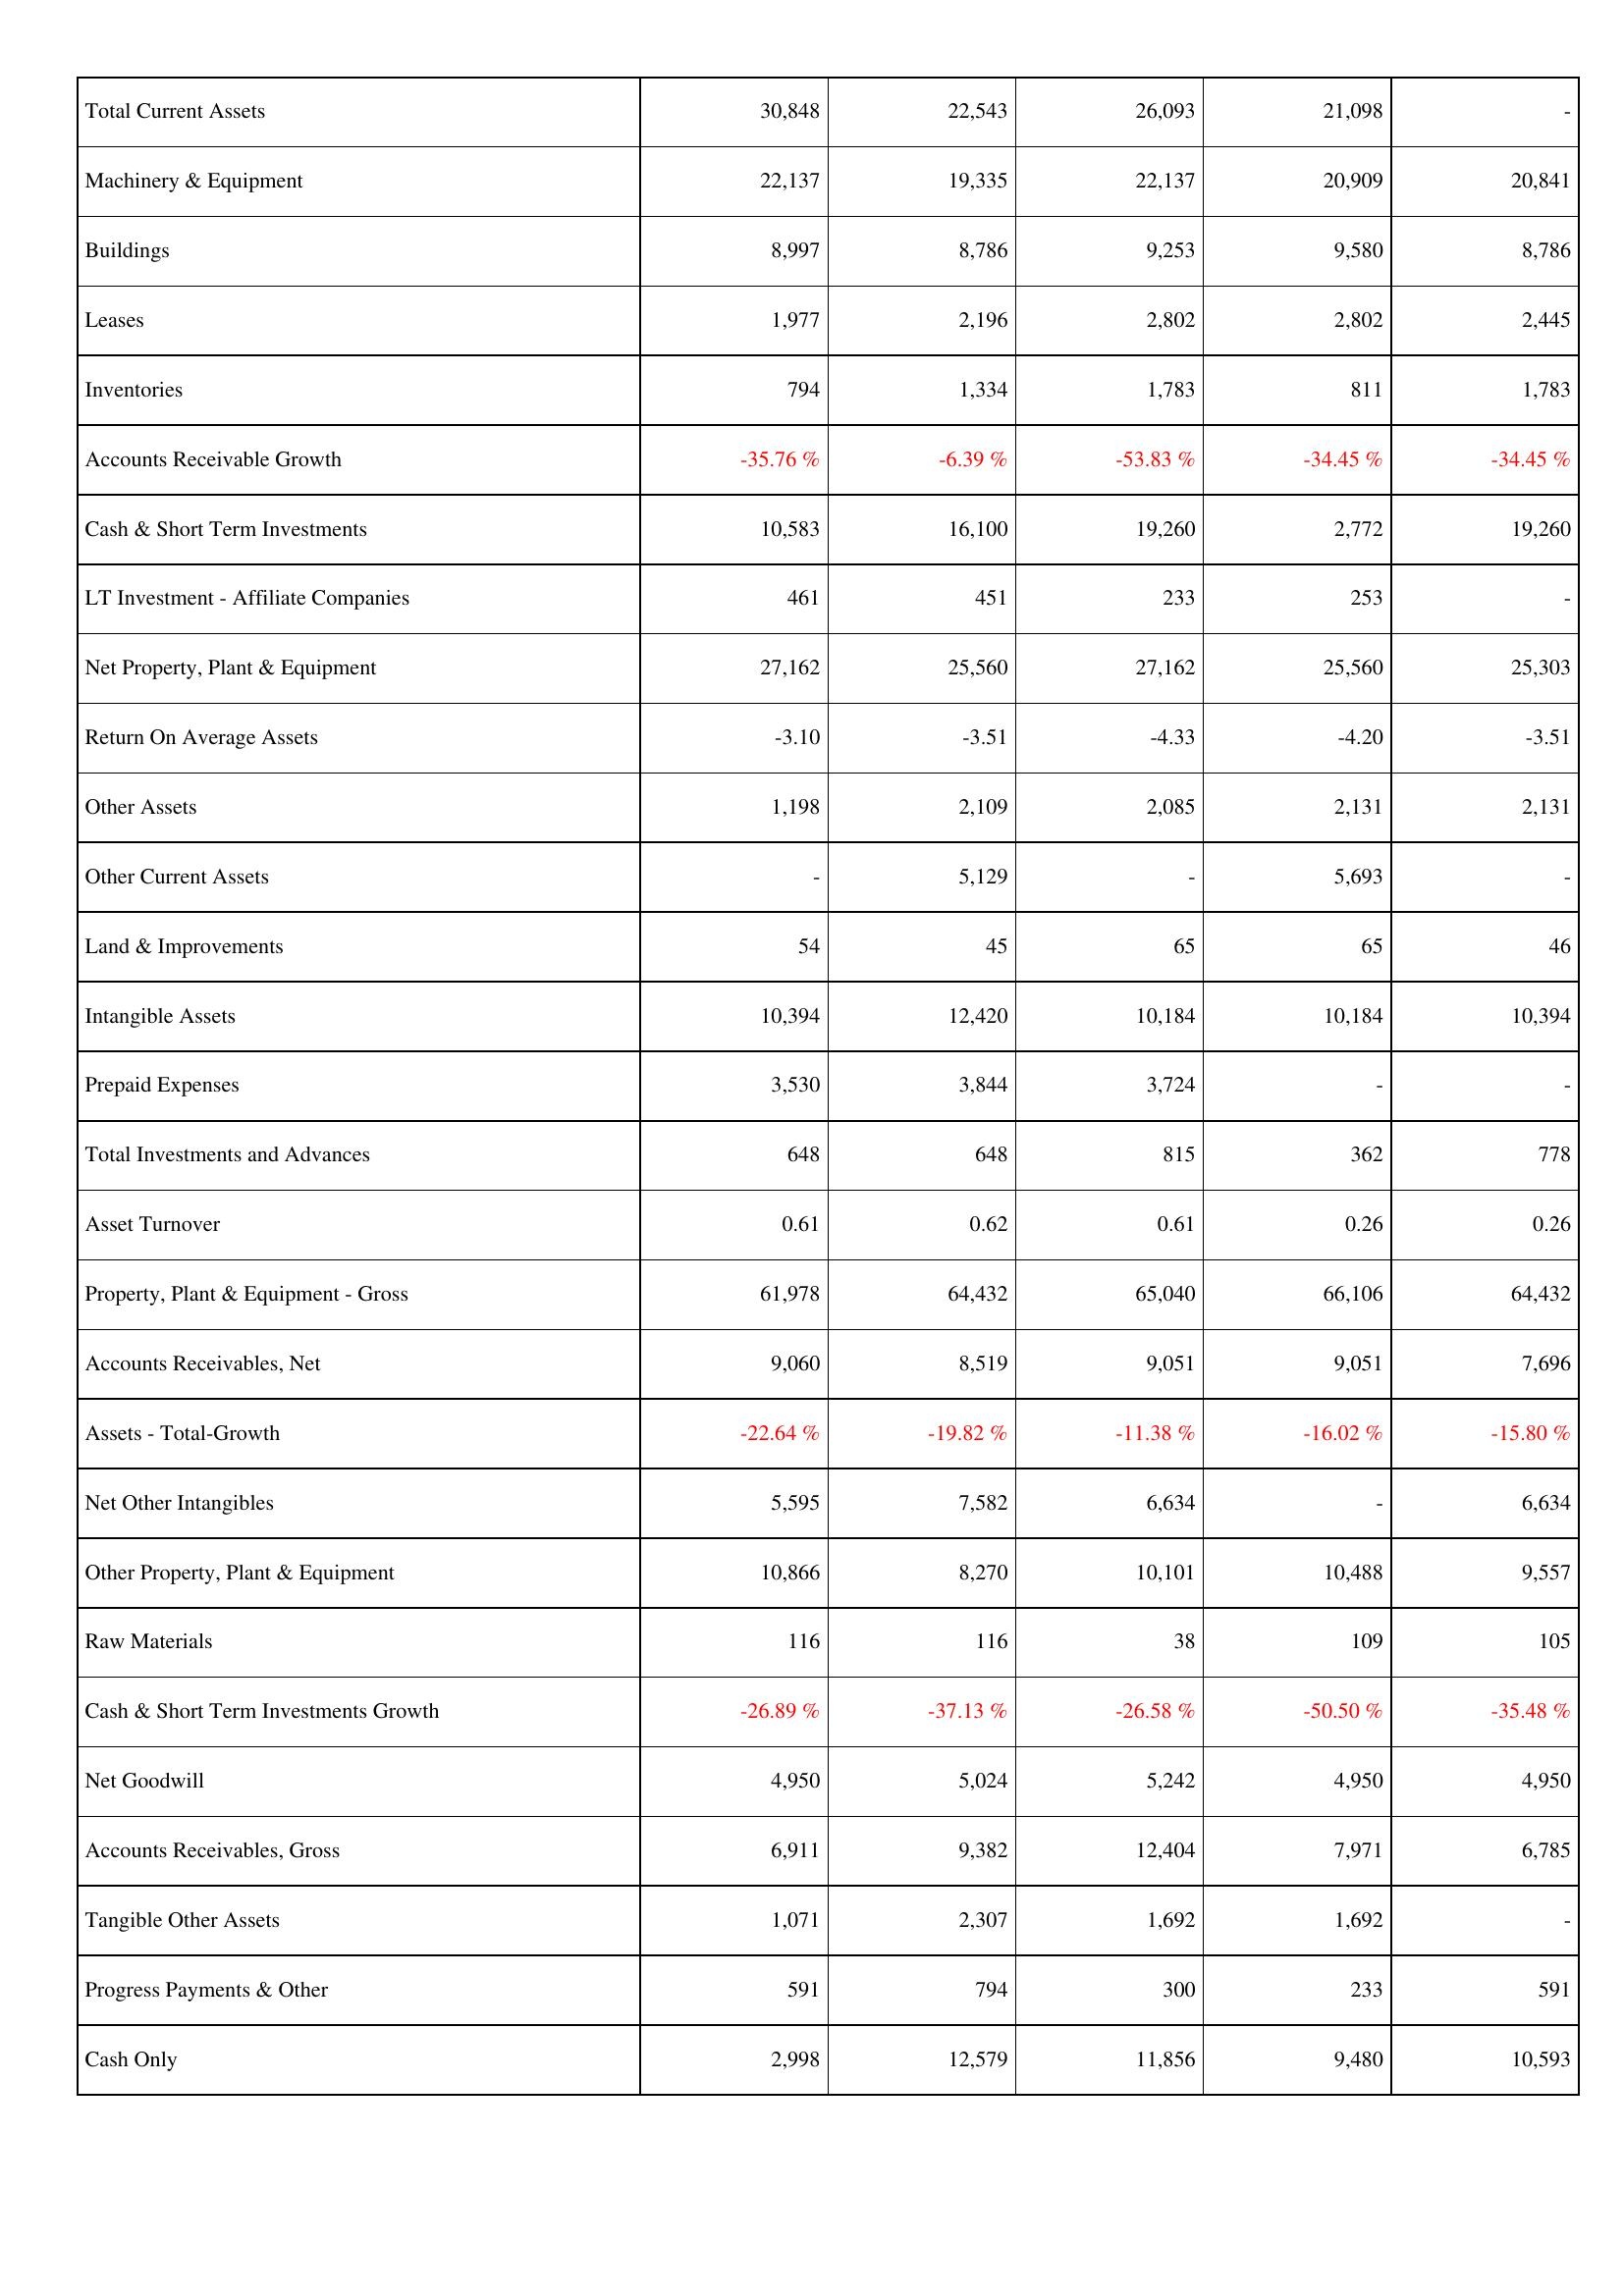
2007: Assets: Total Current Assets: 30,848
Machinery & Equipment: 22,137
Buildings: 8,997
Leases: 1,977
Inventories: 794
Accounts Receivable Growth: -35.76 %
Cash & Short Term Investments: 10,583
LT Investment - Affiliate Companies: 461
Net Property, Plant & Equipment: 27,162
Return On Average Assets: -3.10
Other Assets: 1,198
Other Current Assets: -
Land & Improvements: 54
Intangible Assets: 10,394
Prepaid Expenses: 3,530
Total Investments and Advances: 648
Asset Turnover: 0.61
Property, Plant & Equipment - Gross: 61,978
Accounts Receivables, Net: 9,060
Assets - Total-Growth: -22.64 %
Net Other Intangibles: 5,595
Other Property, Plant & Equipment: 10,866
Raw Materials: 116
Cash & Short Term Investments Growth: -26.89 %
Net Goodwill: 4,950
Accounts Receivables, Gross: 6,911
Tangible Other Assets: 1,071
Progress Payments & Other: 591
Cash Only: 2,998
2008: Assets: Total Current Assets: 22,543
Machinery & Equipment: 19,335
Buildings: 8,786
Leases: 2,196
Inventories: 1,334
Accounts Receivable Growth: -6.39 %
Cash & Short Term Investments: 16,100
LT Investment - Affiliate Companies: 451
Net Property, Plant & Equipment: 25,560
Return On Average Assets: -3.51
Other Assets: 2,109
Other Current Assets: 5,129
Land & Improvements: 45
Intangible Assets: 12,420
Prepaid Expenses: 3,844
Total Investments and Advances: 648
Asset Turnover: 0.62
Property, Plant & Equipment - Gross: 64,432
Accounts Receivables, Net: 8,519
Assets - Total-Growth: -19.82 %
Net Other Intangibles: 7,582
Other Property, Plant & Equipment: 8,270
Raw Materials: 116
Cash & Short Term Investments Growth: -37.13 %
Net Goodwill: 5,024
Accounts Receivables, Gross: 9,382
Tangible Other Assets: 2,307
Progress Payments & Other: 794
Cash Only: 12,579
2009: Assets: Total Current Assets: 26,093
Machinery & Equipment: 22,137
Buildings: 9,253
Leases: 2,802
Inventories: 1,783
Accounts Receivable Growth: -53.83 %
Cash & Short Term Investments: 19,260
LT Investment - Affiliate Companies: 233
Net Property, Plant & Equipment: 27,162
Return On Average Assets: -4.33
Other Assets: 2,085
Other Current Assets: -
Land & Improvements: 65
Intangible Assets: 10,184
Prepaid Expenses: 3,724
Total Investments and Advances: 815
Asset Turnover: 0.61
Property, Plant & Equipment - Gross: 65,040
Accounts Receivables, Net: 9,051
Assets - Total-Growth: -11.38 %
Net Other Intangibles: 6,634
Other Property, Plant & Equipment: 10,101
Raw Materials: 38
Cash & Short Term Investments Growth: -26.58 %
Net Goodwill: 5,242
Accounts Receivables, Gross: 12,404
Tangible Other Assets: 1,692
Progress Payments & Other: 300
Cash Only: 11,856
2010: Assets: Total Current Assets: 21,098
Machinery & Equipment: 20,909
Buildings: 9,580
Leases: 2,802
Inventories: 811
Accounts Receivable Growth: -34.45 %
Cash & Short Term Investments: 2,772
LT Investment - Affiliate Companies: 253
Net Property, Plant & Equipment: 25,560
Return On Average Assets: -4.20
Other Assets: 2,131
Other Current Assets: 5,693
Land & Improvements: 65
Intangible Assets: 10,184
Prepaid Expenses: -
Total Investments and Advances: 362
Asset Turnover: 0.26
Property, Plant & Equipment - Gross: 66,106
Accounts Receivables, Net: 9,051
Assets - Total-Growth: -16.02 %
Net Other Intangibles: -
Other Property, Plant & Equipment: 10,488
Raw Materials: 109
Cash & Short Term Investments Growth: -50.50 %
Net Goodwill: 4,950
Accounts Receivables, Gross: 7,971
Tangible Other Assets: 1,692
Progress Payments & Other: 233
Cash Only: 9,480
2011: Assets: Total Current Assets: -
Machinery & Equipment: 20,841
Buildings: 8,786
Leases: 2,445
Inventories: 1,783
Accounts Receivable Growth: -34.45 %
Cash & Short Term Investments: 19,260
LT Investment - Affiliate Companies: -
Net Property, Plant & Equipment: 25,303
Return On Average Assets: -3.51
Other Assets: 2,131
Other Current Assets: -
Land & Improvements: 46
Intangible Assets: 10,394
Prepaid Expenses: -
Total Investments and Advances: 778
Asset Turnover: 0.26
Property, Plant & Equipment - Gross: 64,432
Accounts Receivables, Net: 7,696
Assets - Total-Growth: -15.80 %
Net Other Intangibles: 6,634
Other Property, Plant & Equipment: 9,557
Raw Materials: 105
Cash & Short Term Investments Growth: -35.48 %
Net Goodwill: 4,950
Accounts Receivables, Gross: 6,785
Tangible Other Assets: -
Progress Payments & Other: 591
Cash Only: 10,593